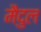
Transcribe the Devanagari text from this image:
मैदुल